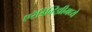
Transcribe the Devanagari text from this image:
एरेडिव्हिझीमध्ये